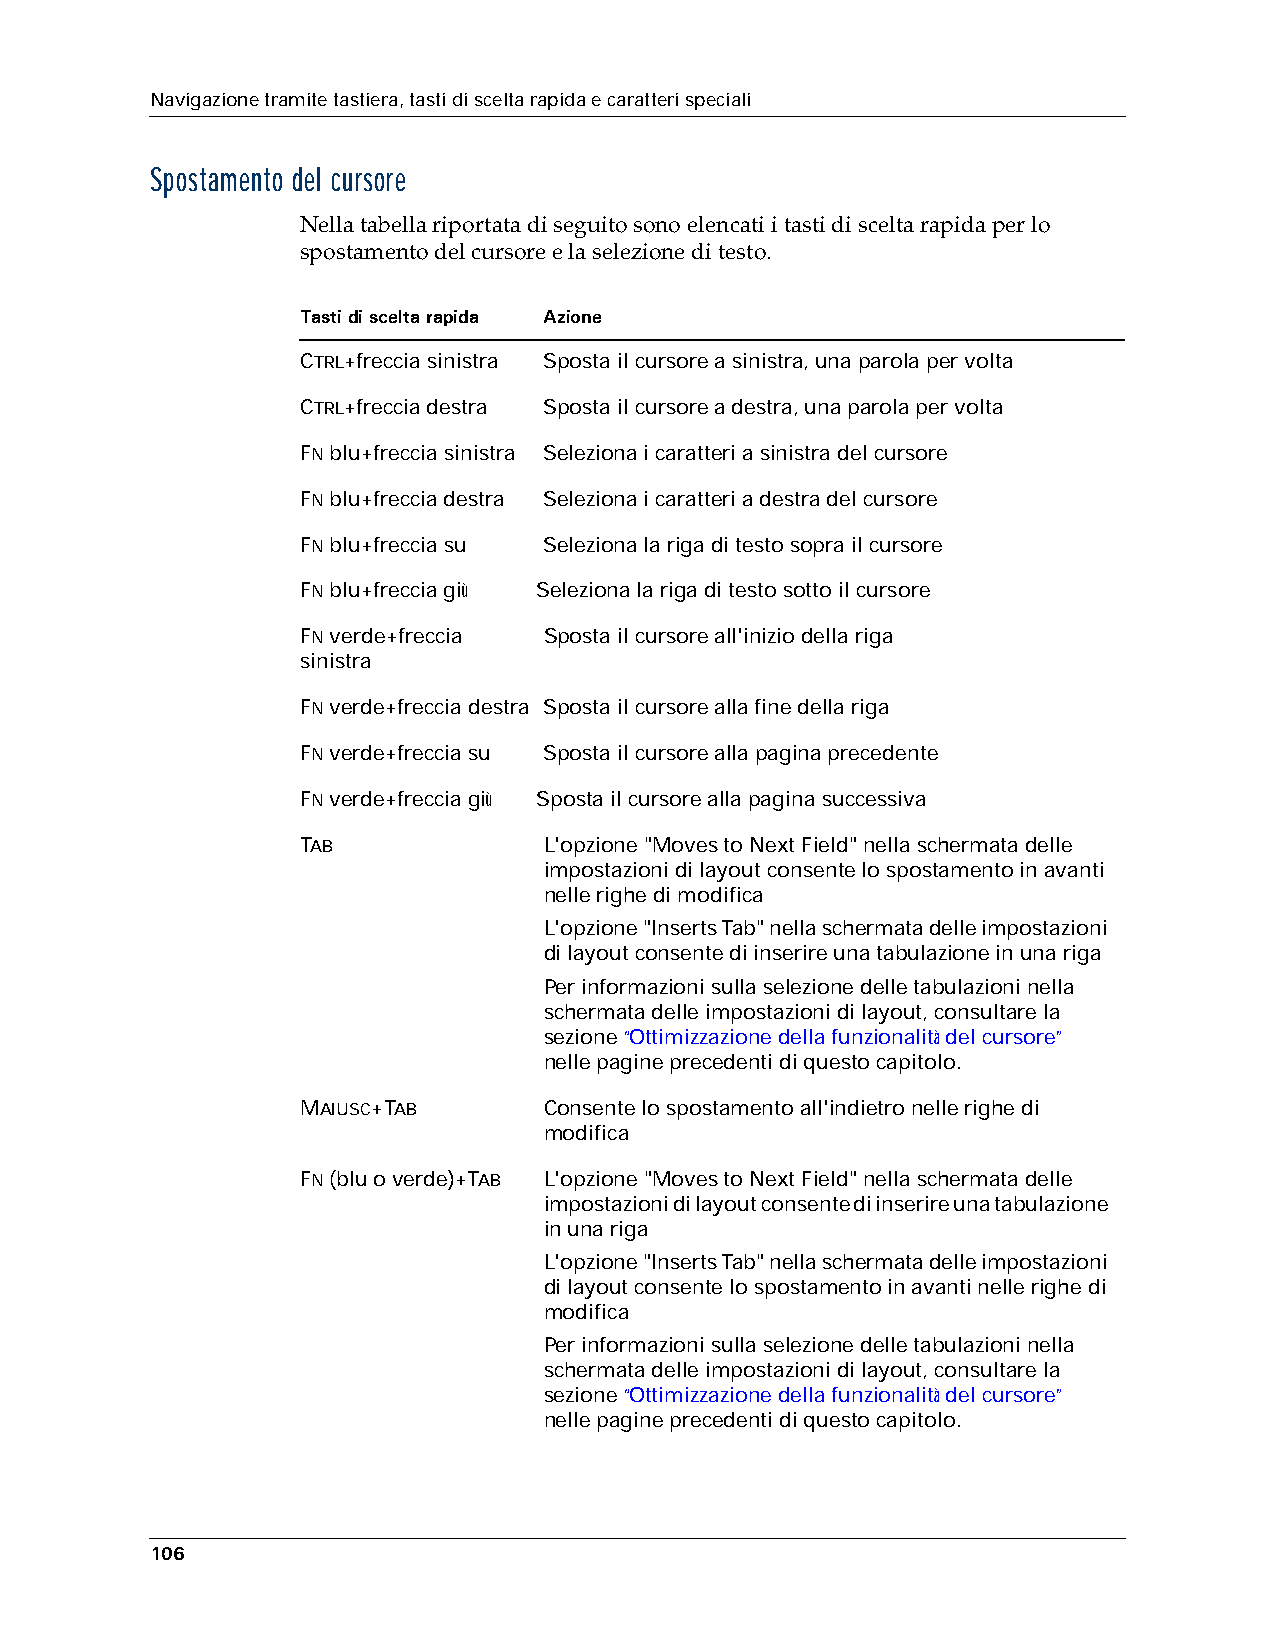
Navigazione tramite tastiera, tasti di scelta rapida e caratteri speciali
 Spostamento del cursore
 Nella tabella riportata di seguito sono elencati i tasti di scelta rapida per lo
 spostamento del cursore e la selezione di testo.
 Tasti di scelta rapida Azione
 CTRL+freccia sinistra Sposta il cursore a sinistra, una parola per volta
 CTRL+freccia destra Sposta il cursore a destra, una parola per volta
 FN blu+freccia sinistra Seleziona i caratteri a sinistra del cursore
 FN blu+freccia destra Seleziona i caratteri a destra del cursore
 FN blu+freccia su Seleziona la riga di testo sopra il cursore
 FN blu+freccia giù Seleziona la riga di testo sotto il cursore
 FN verde+freccia Sposta il cursore all'inizio della riga
 sinistra
 FN verde+freccia destra Sposta il cursore alla fine della riga
 FN verde+freccia su Sposta il cursore alla pagina precedente
 FN verde+freccia giù Sposta il cursore alla pagina successiva
 TAB             L'opzione "Moves to Next Field" nella schermata delle
 impostazioni di layout consente lo spostamento in avanti
 nelle righe di modifica
 L'opzione "Inserts Tab" nella schermata delle impostazioni
 di layout consente di inserire una tabulazione in una riga
 Per informazioni sulla selezione delle tabulazioni nella
 schermata delle impostazioni di layout, consultare la
 sezione “Ottimizzazione della funzionalità del cursore”
 nelle pagine precedenti di questo capitolo.
 MAIUSC+TAB      Consente lo spostamento all'indietro nelle righe di
 modifica
 FN (blu o verde)+TAB L'opzione "Moves to Next Field" nella schermata delle
 impostazioni di layout consente di inserire una tabulazione
 in una riga
 L'opzione "Inserts Tab" nella schermata delle impostazioni
 di layout consente lo spostamento in avanti nelle righe di
 modifica
 Per informazioni sulla selezione delle tabulazioni nella
 schermata delle impostazioni di layout, consultare la
 sezione “Ottimizzazione della funzionalità del cursore”
 nelle pagine precedenti di questo capitolo.
 106